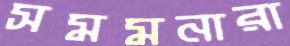
সমমনারা